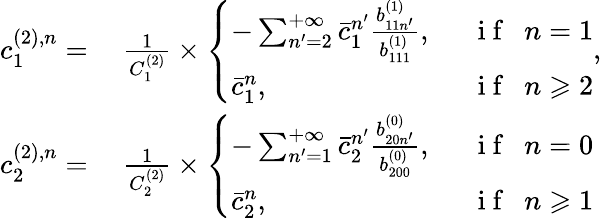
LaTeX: \begin{array}{rl}{c_{1}^{(2),n}=}&{{}\ \frac{1}{C_{1}^{(2)}}\times\left\{ \begin{array}{ll}{-\sum_{n^{\prime}=2}^{+\infty}\bar{c}_{1}^{n^{\prime}}\frac{b_{11n^{\prime}}^{(1)}}{b_{111}^{(1)}},}&{\mathrm{~~~i~f~~~}n=1}\\ {\bar{c}_{1}^{n},}&{\mathrm{~~~i~f~~~}n\geqslant 2}\end{array}\right.,}\\ {c_{2}^{(2),n}=}&{{}\ \frac{1}{C_{2}^{(2)}}\times\left\{ \begin{array}{ll}{-\sum_{n^{\prime}=1}^{+\infty}\bar{c}_{2}^{n^{\prime}}\frac{b_{20n^{\prime}}^{(0)}}{b_{200}^{(0)}},}&{\mathrm{~~~i~f~~~}n=0}\\ {\bar{c}_{2}^{n},}&{\mathrm{~~~i~f~~~}n\geqslant 1}\end{array}\right.}\end{array}